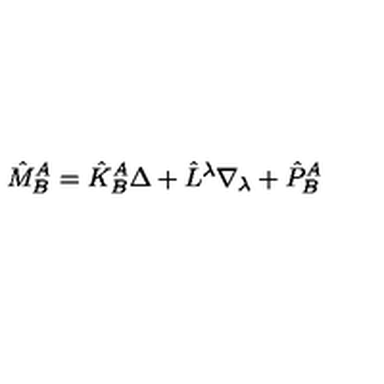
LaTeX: \hat { M } _ { B } ^ { A } = \hat { K } _ { B } ^ { A } \Delta + \hat { L } ^ { \lambda } \nabla _ { \lambda } + \hat { P } _ { B } ^ { A }